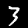
Digit: 3